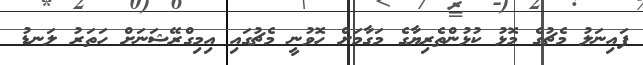
ފައިނަލު މެޗުގެ މޮޅު ކުޅުންތެރިޔާގެ މަގާމަށް ހޮވުނީ މެޗުގައި އިމިގްރޭޝަނަށް ހަތަރު ލަނޑު